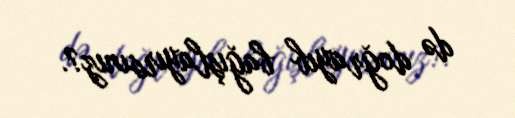
də doğrayıb bağışlayırsınız?.